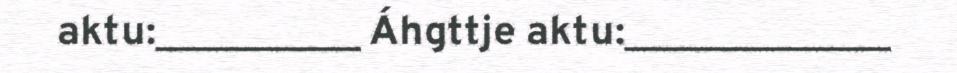
aktu:__________ Áhgttje aktu:_____________